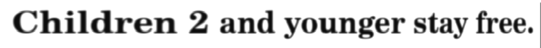
Children 2 and younger stay free.